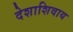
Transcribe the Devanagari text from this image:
देशाशिवाय